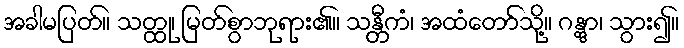
အခါမပြတ်။ သတ္ထု၊ မြတ်စွာဘုရား၏။ သန္တီကံ၊ အထံတော်သို့။ ဂန္တွာ၊ သွား၍။